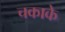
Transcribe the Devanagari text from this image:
चकाके